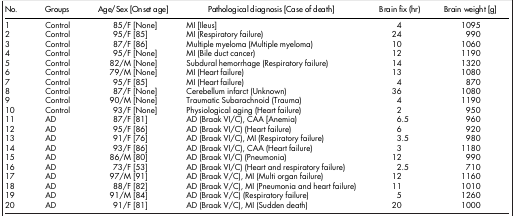
<table><thead><tr><td><b>No.</b></td><td><b>Groups</b></td><td><b>Age/Sex [Onset age]</b></td><td><b>Pathological diagnosis [Case of death]</b></td><td><b>Brain fix (hr)</b></td><td><b>Brain weight [g]</b></td></tr></thead><tbody><tr><td>1</td><td>Control</td><td>85/F [None]</td><td>MI [Ileus]</td><td>4</td><td>1095</td></tr><tr><td>2</td><td>Control</td><td>95/F [85]</td><td>MI (Respiratory failure)</td><td>24</td><td>990</td></tr><tr><td>3</td><td>Control</td><td>87/F [86]</td><td>Multiple myeloma (Multiple myeloma)</td><td>10</td><td>1060</td></tr><tr><td>4</td><td>Control</td><td>95/F [None]</td><td>MI (Bile duct cancer)</td><td>12</td><td>1190</td></tr><tr><td>5</td><td>Control</td><td>82/M [None]</td><td>Subdural hemorrhage (Respiratory failure)</td><td>14</td><td>1320</td></tr><tr><td>6</td><td>Control</td><td>79/M [None]</td><td>MI (Heart failure)</td><td>13</td><td>1080</td></tr><tr><td>7</td><td>Control</td><td>95/F [85]</td><td>MI (Heart failure)</td><td>4</td><td>870</td></tr><tr><td>8</td><td>Control</td><td>87/F [None]</td><td>Cerebellum infarct (Unknown)</td><td>36</td><td>1080</td></tr><tr><td>9</td><td>Control</td><td>90/M [None]</td><td>Traumatic Subarachnoid (Trauma)</td><td>4</td><td>1190</td></tr><tr><td>10</td><td>Control</td><td>93/F [None]</td><td>Physiological aging (Heart failure)</td><td>2</td><td>950</td></tr><tr><td>11</td><td>AD</td><td>87/F [81]</td><td>AD (Braak VI/C), CAA [Anemia)</td><td>6.5</td><td>960</td></tr><tr><td>12</td><td>AD</td><td>95/F [86]</td><td>AD (Braak VI/C) (Heart failure)</td><td>6</td><td>920</td></tr><tr><td>13</td><td>AD</td><td>91/F [76]</td><td>AD (Braak VI/C), MI (Respiratory failure)</td><td>3.5</td><td>980</td></tr><tr><td>14</td><td>AD</td><td>93/F [86]</td><td>AD (Braak VI/C), CAA (Heart failure)</td><td>3</td><td>1180</td></tr><tr><td>15</td><td>AD</td><td>86/M [80]</td><td>AD (Braak VI/C) (Pneumonia)</td><td>12</td><td>990</td></tr><tr><td>16</td><td>AD</td><td>73/F [53]</td><td>AD (Braak VI/C) (Heart and respiratory failure)</td><td>2.5</td><td>710</td></tr><tr><td>17</td><td>AD</td><td>97/M [91]</td><td>AD (Braak V/C), MI (Multi organ failure)</td><td>12</td><td>1160</td></tr><tr><td>18</td><td>AD</td><td>88/F [82]</td><td>AD (Braak V/C), MI (Pneumonia and heart failure)</td><td>11</td><td>1010</td></tr><tr><td>19</td><td>AD</td><td>91/M [84]</td><td>AD (Braak V/C) (Respiratory failure)</td><td>5</td><td>1260</td></tr><tr><td>20</td><td>AD</td><td>91/F [81]</td><td>AD (Braak V/C), MI (Sudden death)</td><td>20</td><td>1000</td></tr></tbody></table>